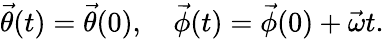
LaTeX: \vec{\theta}(t)=\vec{\theta}(0),\quad\vec{\phi}(t)=\vec{\phi}(0)+\vec{\omega}t.